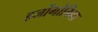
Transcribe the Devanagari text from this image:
हर्जोगोविना